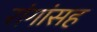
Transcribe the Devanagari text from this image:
रांगांसह